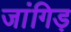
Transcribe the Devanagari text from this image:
जांगिड़